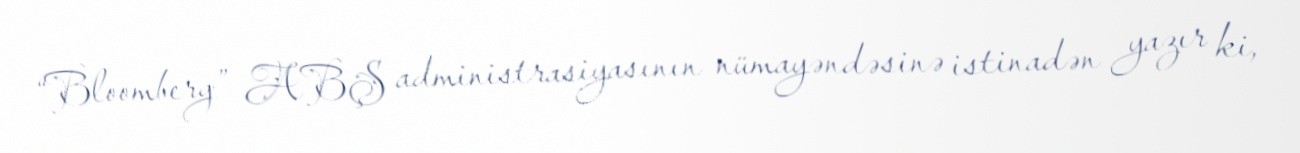
“Bloomberg” ABŞ administrasiyasının nümayəndəsinə istinadən yazır ki,